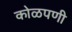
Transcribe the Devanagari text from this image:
कोळपणी